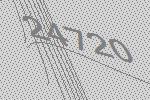
24720